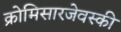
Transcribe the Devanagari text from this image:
क्रोमिसारजेवस्की